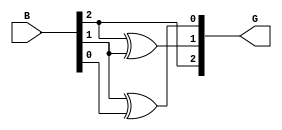
module gray_code_encoder #(parameter n = 3) (
    input wire [n-1:0] B,  // Binary input
    output wire [n-1:0] G  // Gray code output
);

// Gray code conversion logic
assign G[n-1] = B[n-1]; // MSB of Gray code is the same as MSB of binary input
genvar i;
generate
    for (i = n-2; i >= 0; i = i - 1) begin : gray_logic
        assign G[i] = B[i+1] ^ B[i]; // Each subsequent bit is XOR of current and previous binary bits
    end
endgenerate

endmodule